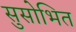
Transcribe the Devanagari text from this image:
सुसोभित